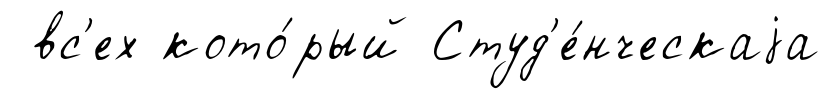
вс'ех кото́рый Студ'е́нческаjа